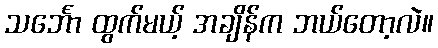
သင်္ဘော ထွက်မယ့် အချိန်က ဘယ်တော့လဲ။